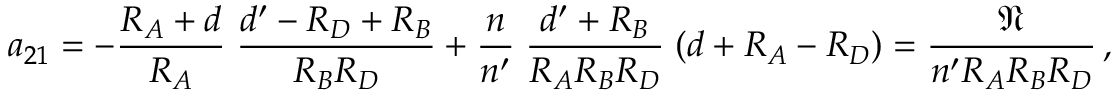
a _ { 2 1 } = - { \frac { R _ { A } + d } { R _ { A } } } \; { \frac { d ^ { \prime } - R _ { D } + R _ { B } } { R _ { B } R _ { D } } } + { \frac { n } { n ^ { \prime } } } \; { \frac { d ^ { \prime } + R _ { B } } { R _ { A } R _ { B } R _ { D } } } \; ( d + R _ { A } - R _ { D } ) = { \frac { \mathfrak { N } } { n ^ { \prime } R _ { A } R _ { B } R _ { D } } } \, ,